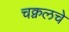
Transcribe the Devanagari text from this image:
चक्वलचे